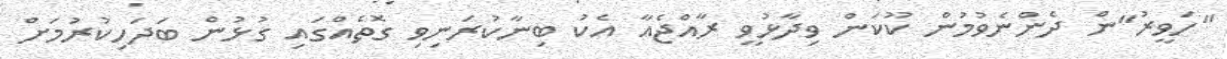
"ހަވީރު"ން ދެންނެވުމުން ކޫކަން ވިދާޅުވީ ރާއްޖެއާ އެކު ބިނާކުރަނިވި ގޮތެއްގައި ގުޅުން ބަދަހިކުރުމަށް